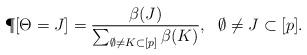
LaTeX: \begin{align*}\P[\Theta = J] = \frac{\beta(J)}{\sum_{\emptyset \neq K \subset [p]} \beta(K)},\ \ \emptyset\not=J\subset[p].\end{align*}